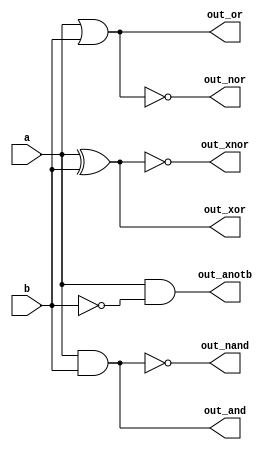
module top_module(
    input a, b,
    output out_and,
    output out_or,
    output out_xor,
    output out_nand,
    output out_nor,
    output out_xnor,
    output out_anotb
);

    assign out_and = a & b;
    assign out_or = a | b;
    assign out_xor = a ^ b;
    assign out_nand = ~(a & b);
    assign out_nor = ~(a | b);
    assign out_xnor = ~(a ^ b);
    assign out_anotb = a & (~b);

//    and(out_and, a, b);
//    or(out_or, a, b);
//    xor(out_xor, a, b);
//    nand(out_nand, a, b);
//    nor(out_nor, a, b);
//    xnor(out_xnor, a, b);
//    and(out_anotb, a , ~b);

endmodule